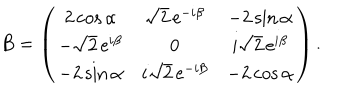
LaTeX: B = \left( \begin{matrix} { { 2 \cos \alpha } } & { { \sqrt { 2 } \, \mathrm { e } ^ { - i \beta } } } & { { - 2 \sin \alpha } } \\ { { - \sqrt { 2 } \, \mathrm { e } ^ { i \beta } } } & { { 0 } } & { { i \sqrt { 2 } \, \mathrm { e } ^ { i \beta } } } \\ { { - 2 \sin \alpha } } & { { i \sqrt { 2 } \, \mathrm { e } ^ { - i \beta } } } & { { - 2 \cos \alpha } } \\ \end{matrix} \right) .